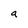
Character: a